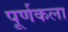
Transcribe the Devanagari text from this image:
पूर्णकला